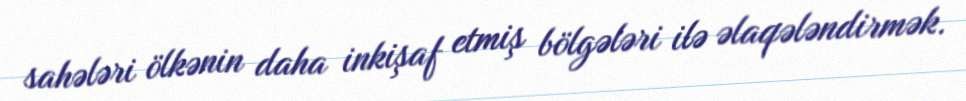
sahələri ölkənin daha inkişaf etmiş bölgələri ilə əlaqələndirmək.